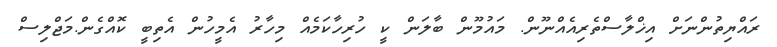
ރައްޔިތުންްނަށް އިޚްލާސްތެރިއެއްނޫން. މައުމޫން ބާލަން ކީ ހުރިހާކަމެއް މިހާރު އެމީހުން އެތިބީ ކޮއްގެން.މަޖްލިސް